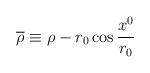
LaTeX: \begin{align*}\overline{\rho}\equiv \rho - r_{0}\cos{\frac{x^{0}}{r_{0}}}\end{align*}